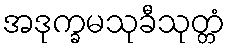
အဒုက္ခမသုခီသုတ္တံ